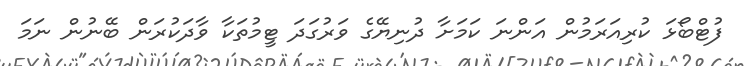
ފުޓްބޯޅަ ކުރިއަރަމުން އަންނަ ކަމަށާ ދުނިޔޭގެ ވަރުގަދަ ޓީމުތަކާ ވާދަކުރަން ބޭނުން ނަމަ